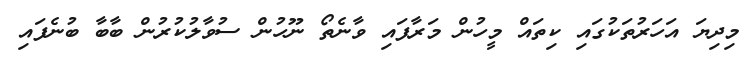
މިދިޔަ އަހަރުތަކުގައި ކިތައް މީހުން މަރާފައި ވާނެތޯ ނޫހުން ސުވާލުކުރުން ބާބާ ބުނެފައި